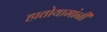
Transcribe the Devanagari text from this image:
हातोयामांनी